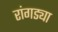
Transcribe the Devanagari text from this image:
रांगड्या